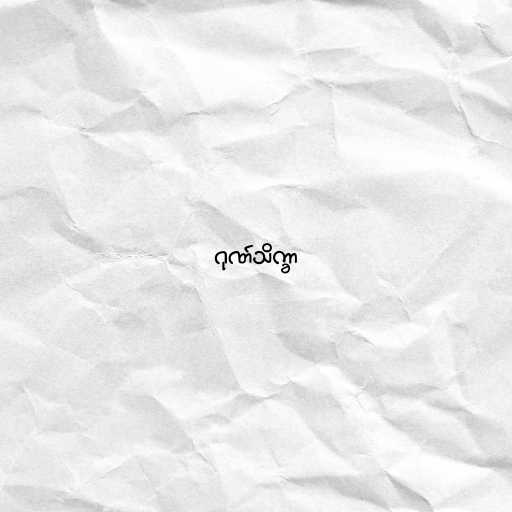
ဂုဏ်သိက္ခာ